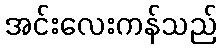
အင်းလေးကန်သည်